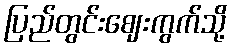
ပြည်တွင်းဈေးကွက်သို့